DOW-UAP-D48, Department of the Air Force Report, 1996
Agency: Department of War
Incident date: 9/10/96
Page 51
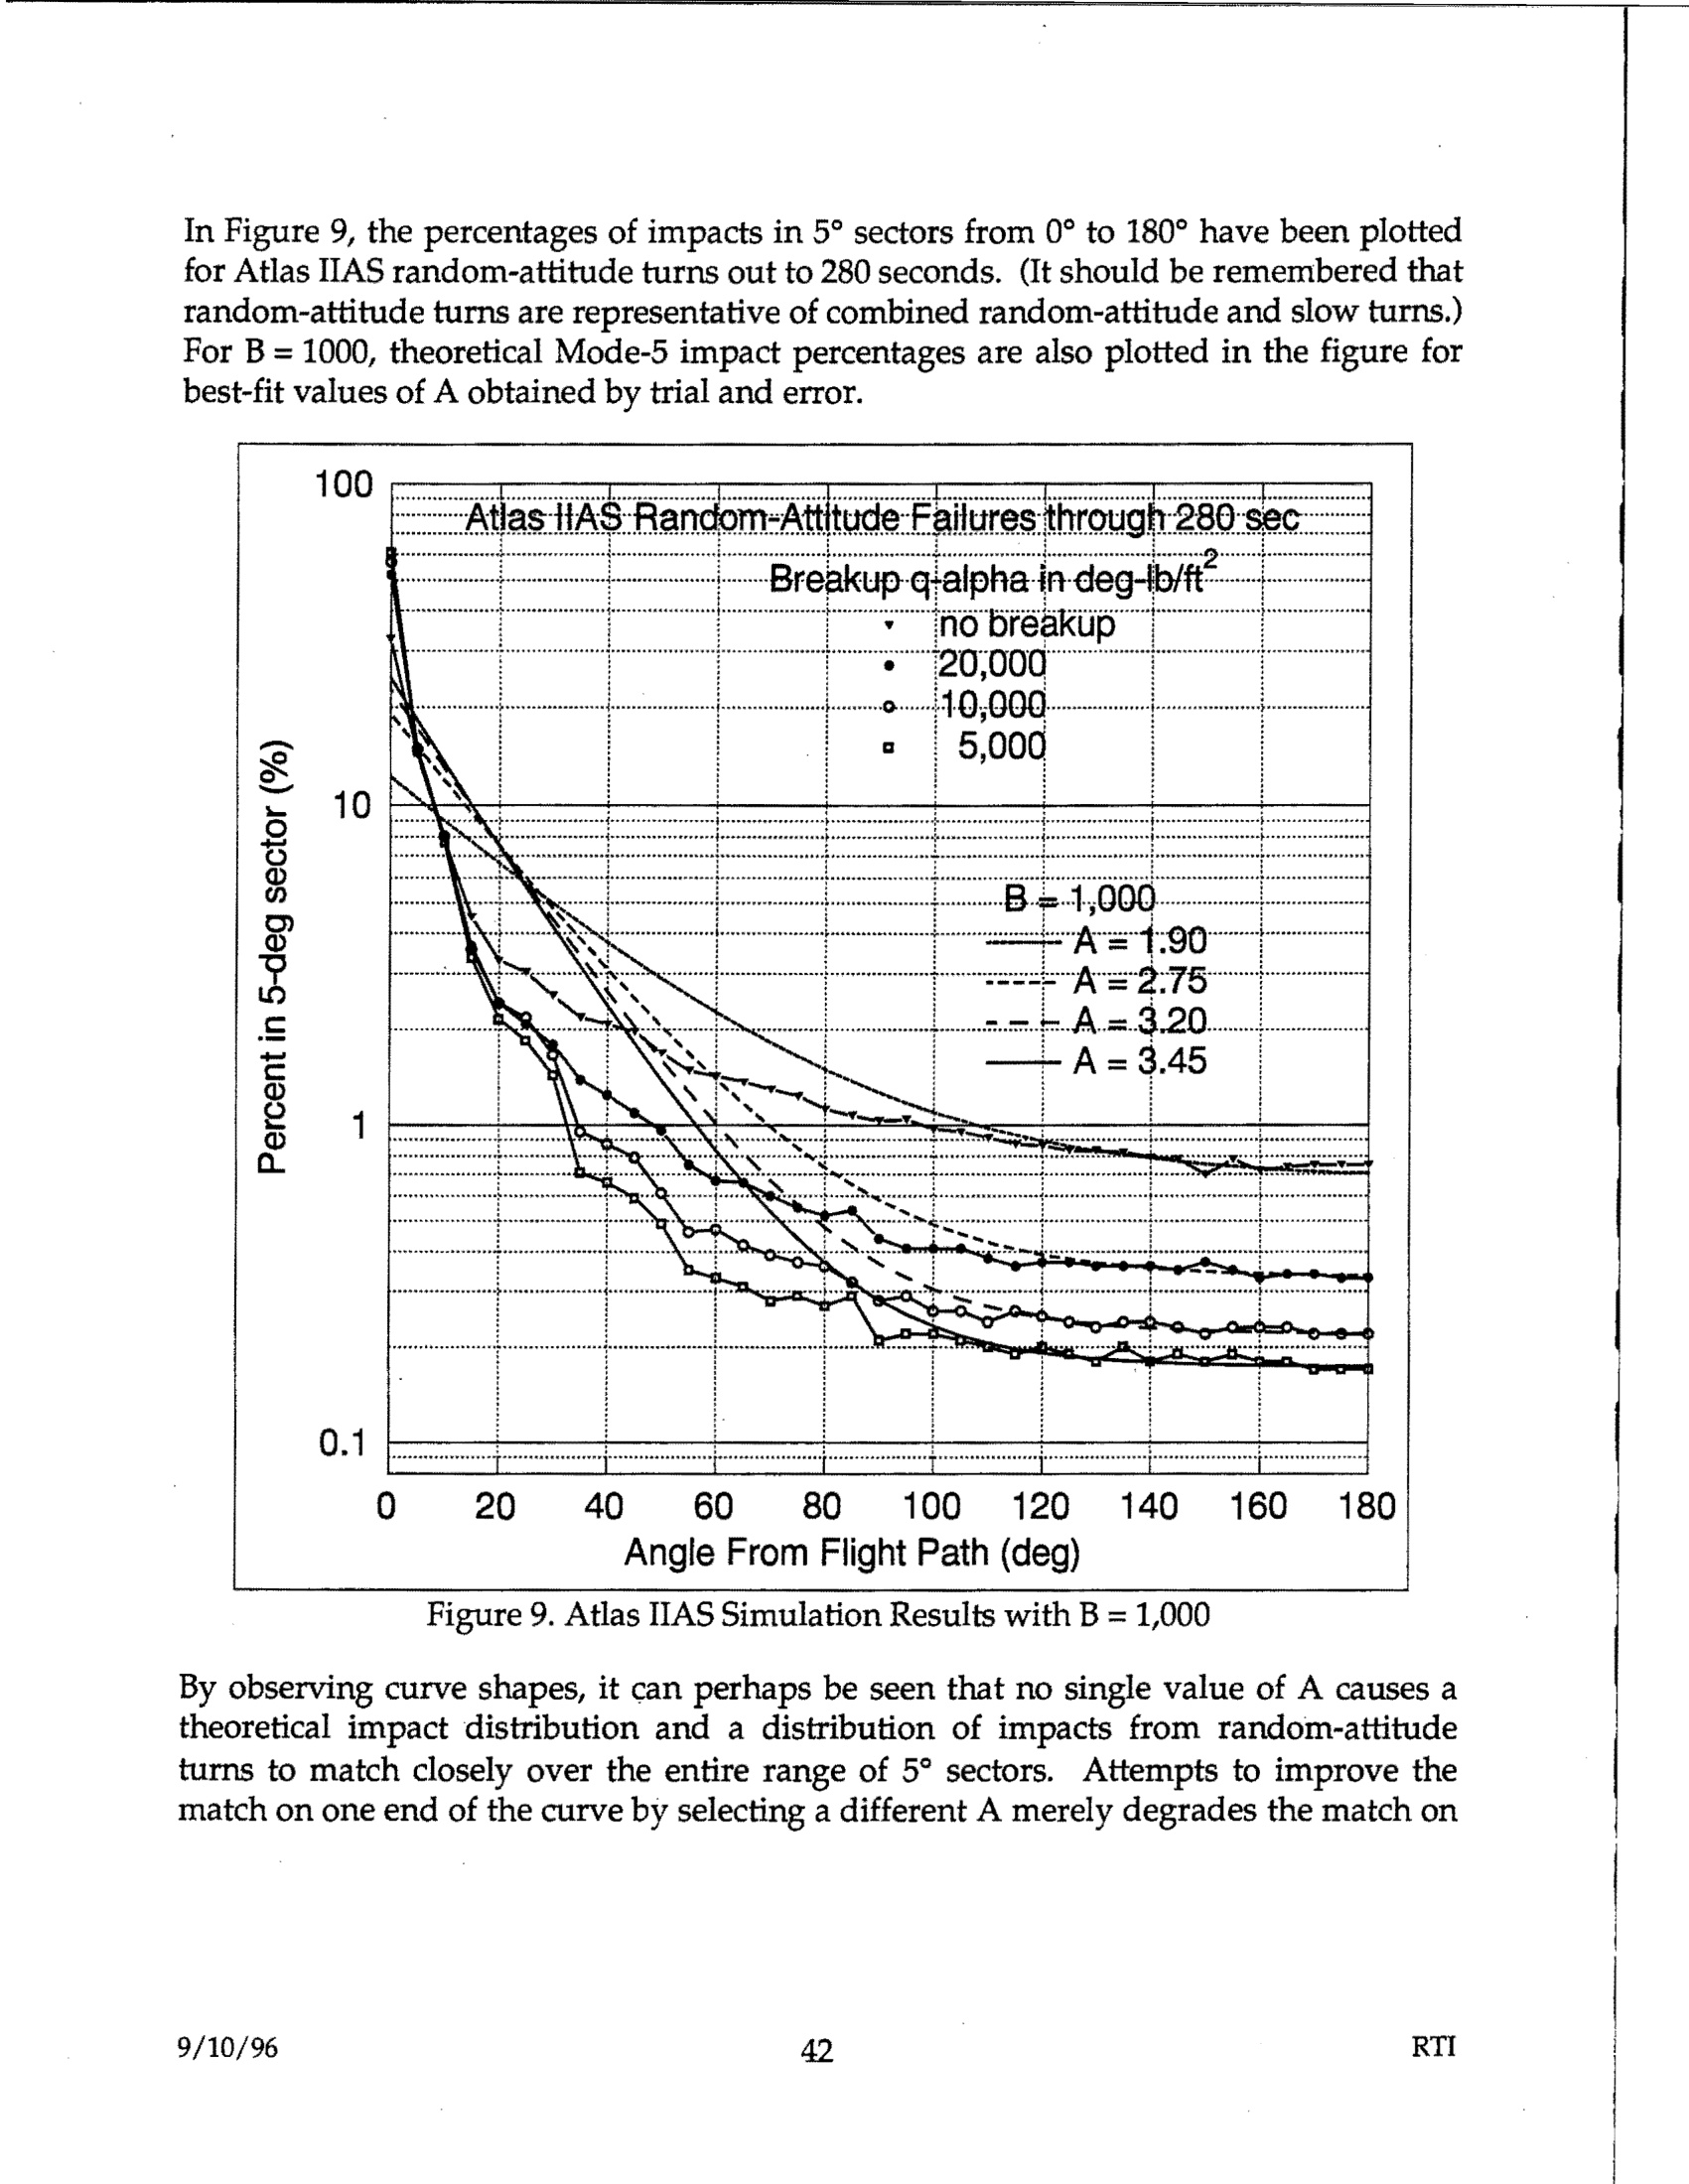